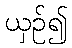
ယှဉ်၍